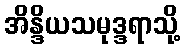
အိန္ဒိယသမုဒ္ဒရာသို့